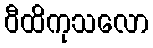
ဝီထိကုသလော